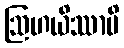
ဩဟယိဿာမိ